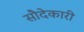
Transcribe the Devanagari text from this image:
सौदेकारी